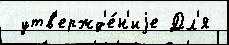
 утв'ержд'е́н'иjе Дл'я